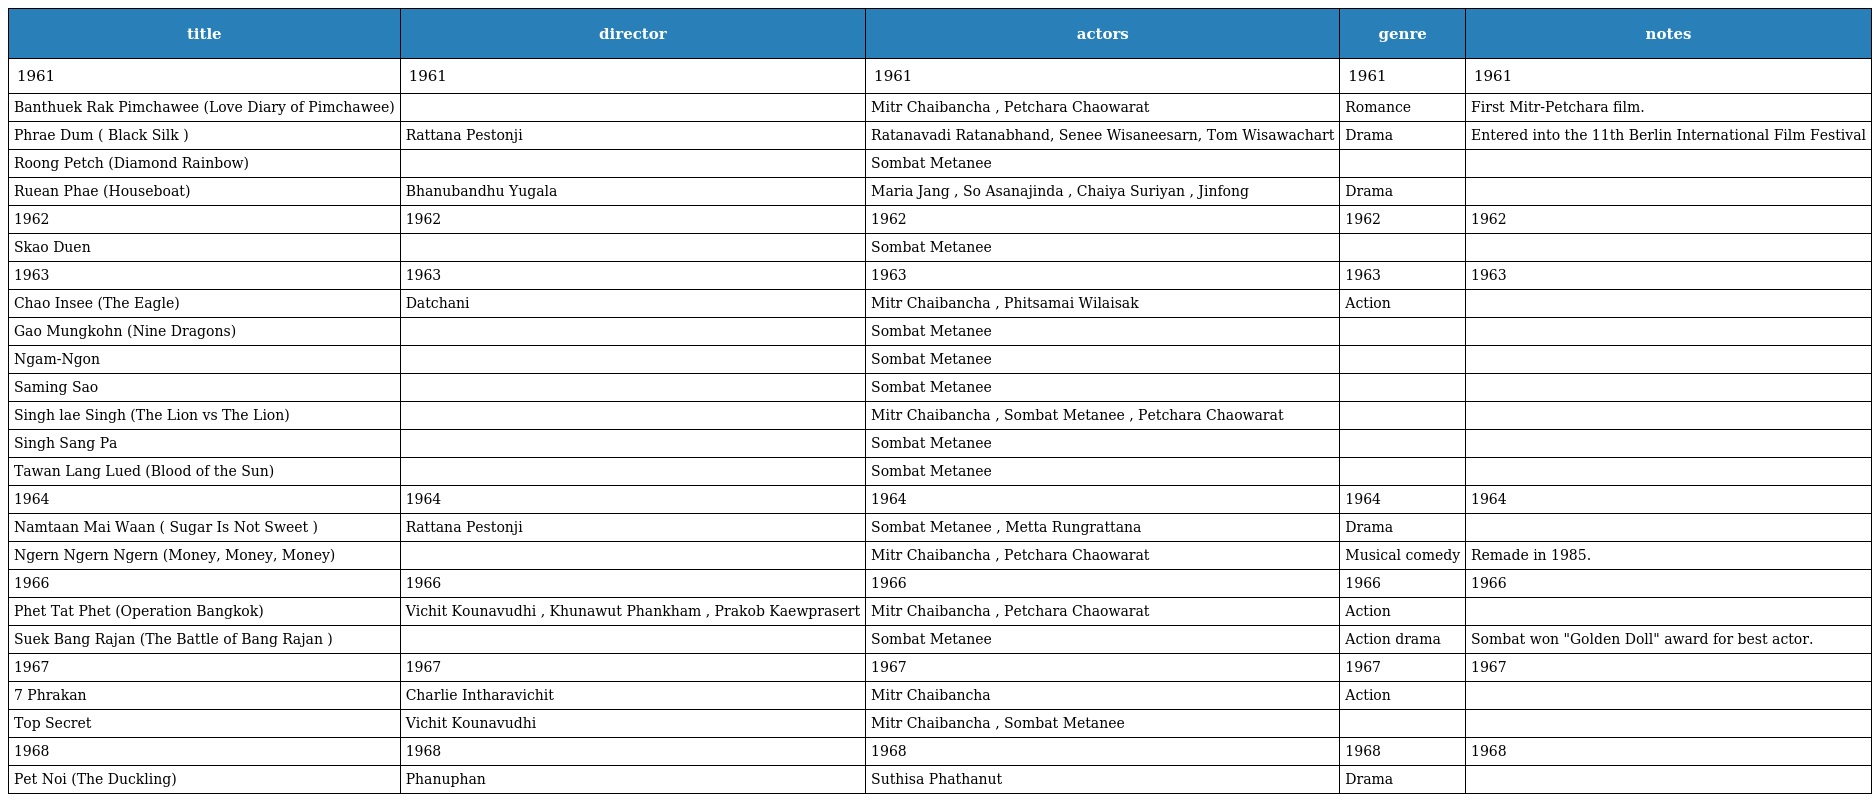
| title | director | actors | genre | notes |
 | --- | --- | --- | --- | --- |
 | 1961 | 1961 | 1961 | 1961 | 1961 |
 | Banthuek Rak Pimchawee (Love Diary of Pimchawee) |  | Mitr Chaibancha , Petchara Chaowarat | Romance | First Mitr-Petchara film. |
 | Phrae Dum ( Black Silk ) | Rattana Pestonji | Ratanavadi Ratanabhand, Senee Wisaneesarn, Tom Wisawachart | Drama | Entered into the 11th Berlin International Film Festival |
 | Roong Petch (Diamond Rainbow) |  | Sombat Metanee |  |  |
 | Ruean Phae (Houseboat) | Bhanubandhu Yugala | Maria Jang , So Asanajinda , Chaiya Suriyan , Jinfong | Drama |  |
 | 1962 | 1962 | 1962 | 1962 | 1962 |
 | Skao Duen |  | Sombat Metanee |  |  |
 | 1963 | 1963 | 1963 | 1963 | 1963 |
 | Chao Insee (The Eagle) | Datchani | Mitr Chaibancha , Phitsamai Wilaisak | Action |  |
 | Gao Mungkohn (Nine Dragons) |  | Sombat Metanee |  |  |
 | Ngam-Ngon |  | Sombat Metanee |  |  |
 | Saming Sao |  | Sombat Metanee |  |  |
 | Singh lae Singh (The Lion vs The Lion) |  | Mitr Chaibancha , Sombat Metanee , Petchara Chaowarat |  |  |
 | Singh Sang Pa |  | Sombat Metanee |  |  |
 | Tawan Lang Lued (Blood of the Sun) |  | Sombat Metanee |  |  |
 | 1964 | 1964 | 1964 | 1964 | 1964 |
 | Namtaan Mai Waan ( Sugar Is Not Sweet ) | Rattana Pestonji | Sombat Metanee , Metta Rungrattana | Drama |  |
 | Ngern Ngern Ngern (Money, Money, Money) |  | Mitr Chaibancha , Petchara Chaowarat | Musical comedy | Remade in 1985. |
 | 1966 | 1966 | 1966 | 1966 | 1966 |
 | Phet Tat Phet (Operation Bangkok) | Vichit Kounavudhi , Khunawut Phankham , Prakob Kaewprasert | Mitr Chaibancha , Petchara Chaowarat | Action |  |
 | Suek Bang Rajan (The Battle of Bang Rajan ) |  | Sombat Metanee | Action drama | Sombat won "Golden Doll" award for best actor. |
 | 1967 | 1967 | 1967 | 1967 | 1967 |
 | 7 Phrakan | Charlie Intharavichit | Mitr Chaibancha | Action |  |
 | Top Secret | Vichit Kounavudhi | Mitr Chaibancha , Sombat Metanee |  |  |
 | 1968 | 1968 | 1968 | 1968 | 1968 |
 | Pet Noi (The Duckling) | Phanuphan | Suthisa Phathanut | Drama |  |